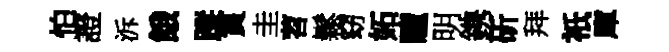
怕證泝餓蹤篔圭苕鬆窈妬曈明鎸斫拜祇庫